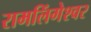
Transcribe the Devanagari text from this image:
रामलिंगेश्‍वर